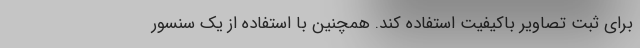
برای ثبت تصاویر باکیفیت استفاده کند. همچنین با استفاده از یک سنسور